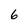
Character: 6